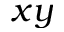
x y